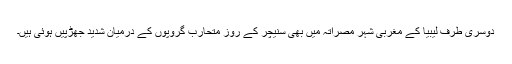
دوسری طرف لیبیا کے مغربی شہر مصراتہ میں بھی سنیچر کے روز متحارب گروپوں کے درمیان شدید جھڑپیں ہوئی ہیں۔